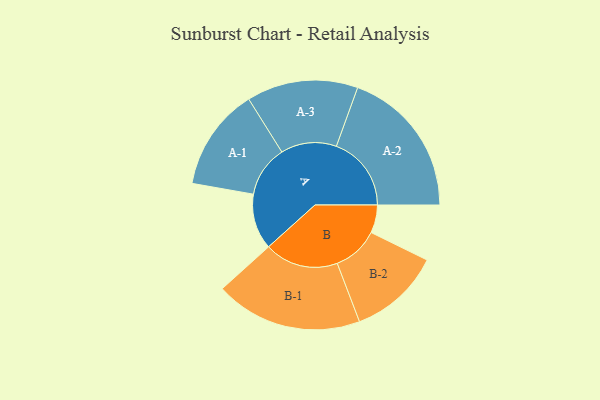
{"axis": {"x": "Segment", "y": "Value"}, "legend": ["", "A", "B"], "data": [{"x": "A", "y": 219, "type": ""}, {"x": "B", "y": 110, "type": ""}, {"x": "A-1", "y": 202, "type": "A"}, {"x": "A-2", "y": 295, "type": "A"}, {"x": "A-3", "y": 219, "type": "A"}, {"x": "B-1", "y": 290, "type": "B"}, {"x": "B-2", "y": 181, "type": "B"}]}